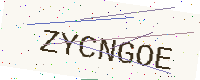
Text: ZYCNGOE